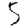
Digit: 5